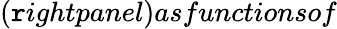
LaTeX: (\mathtt{r}ightpanel)asfunctionsof